On a parasite found in the white corpuscles of the blood of dogs - Number 14
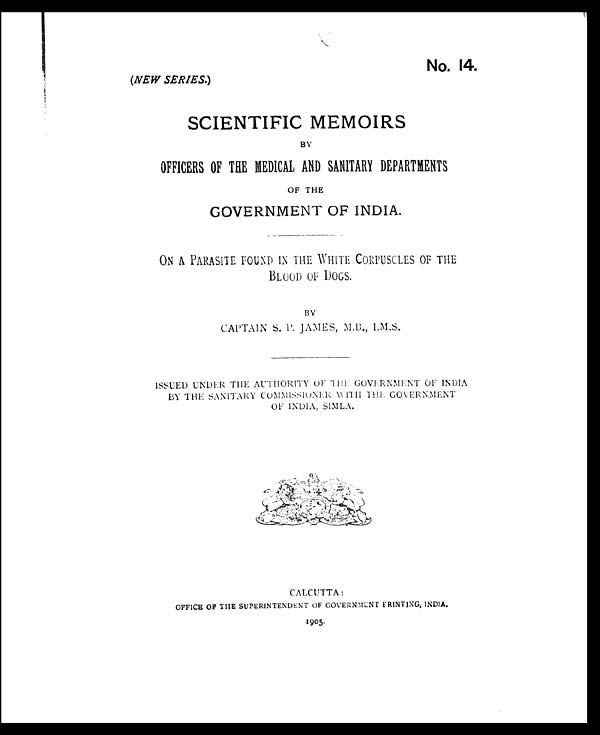
No. 14.
(NEW SERIES. )
SCIENTIFIC MEMOIRS
OFFICERS OF THE MEDICAL AND SANITARY DEPARTMENTS
OF THE
GOVERNMENT OF INDIA.
ON A PARASITE FOUND IN THE WHITE CORPUSCLES OF THE
BLOOD OF DOGS.
BY
CAPTAIN S. P. JAMES, M.B., I.M.S.
ISSUED UNDER THE AUTHORITY OF THE GOVERNMENT OF INDIA
BY THE SANITARY COMMISSIONER WITH THE GOVERNMENT
OF INDIA, SIMLA.
CALCUTTA:
OFFICE OF THE SUPERINTENDENT OF GOVERNMENT PRINTING, INDIA.
1905.